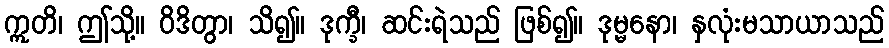
ဣတိ၊ ဤသို့။ ဝိဒိတွာ၊ သိ၍။ ဒုက္ခီ၊ ဆင်းရဲသည် ဖြစ်၍။ ဒုမ္မနော၊ နှလုံးမသာယာသည်